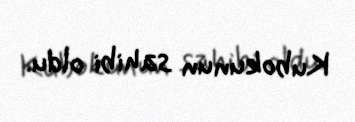
Kubokunun sahibi oldu.